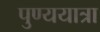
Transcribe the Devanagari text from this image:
पुण्ययात्रा